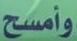
وأمسح